65_HS1-834228961_62-HQ-83894_Section_6
Agency: FBI
Page 48
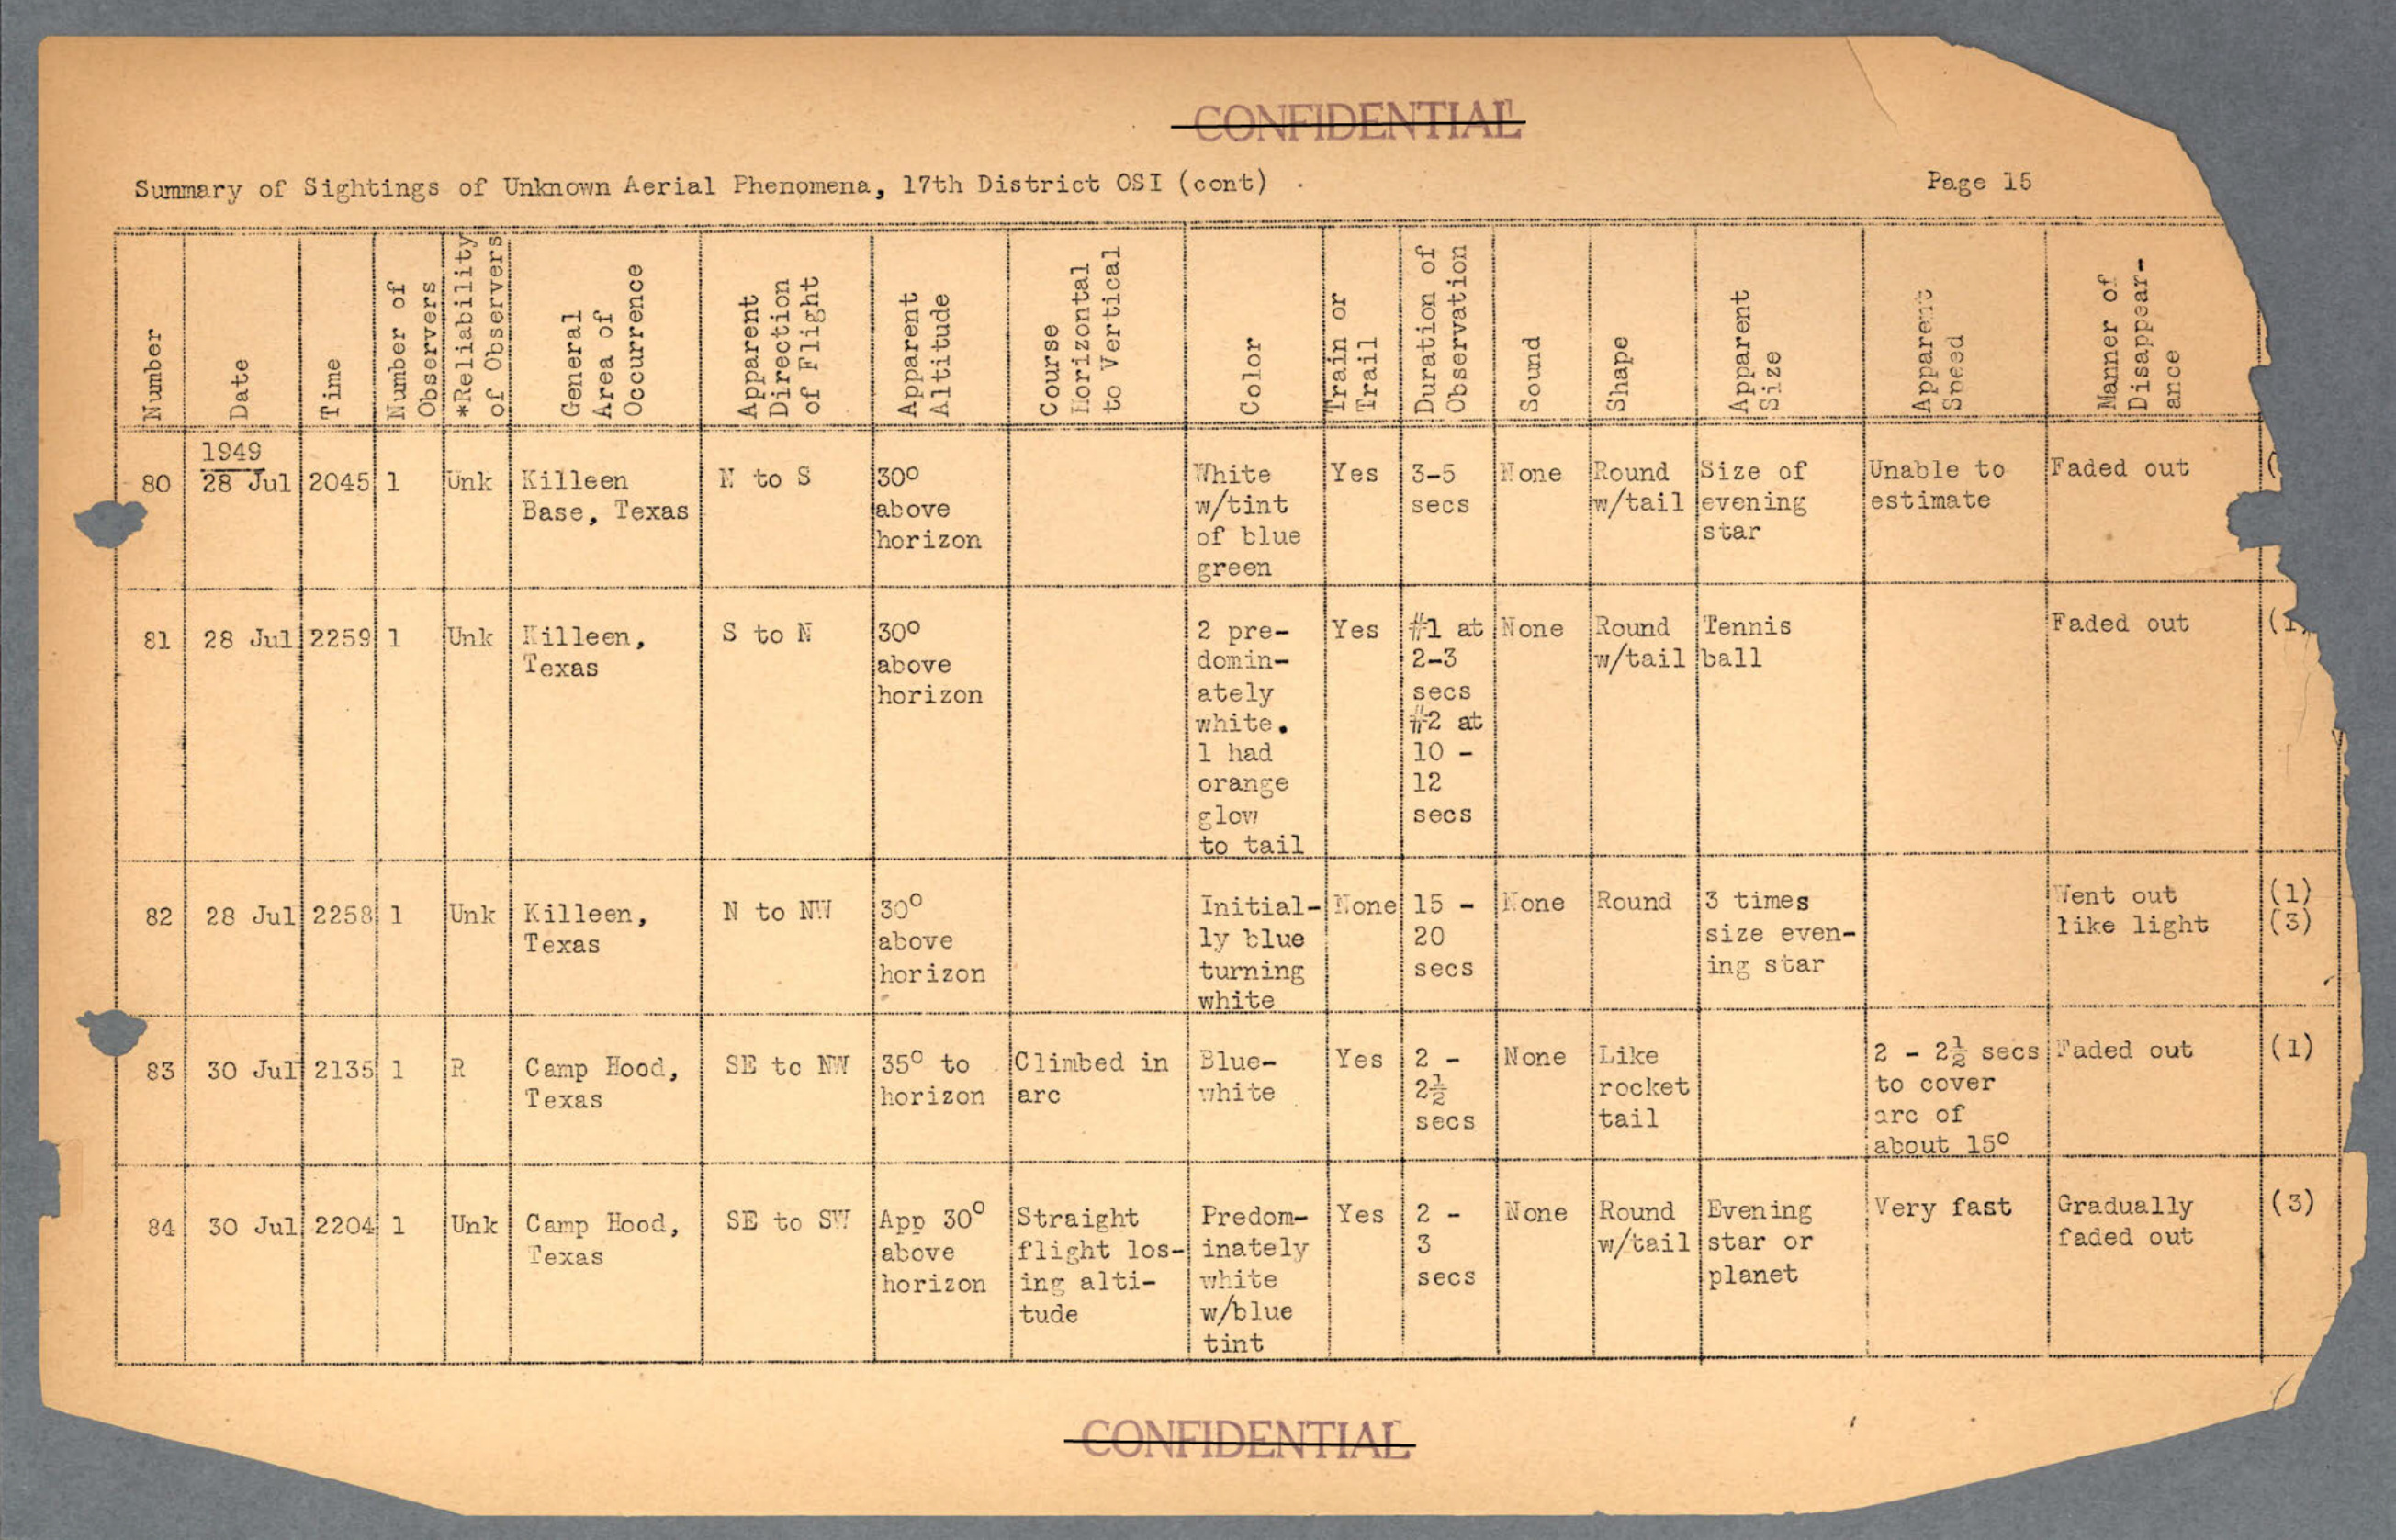